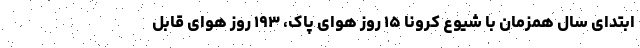
ابتدای سال همزمان با شیوع کرونا ۱۵ روز هوای پاک، ۱۹۳ روز هوای قابل